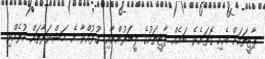
ޕާޓީތަކަށް އެކި ގޮތަށެވެ. ބައެއް ޕާޓީތަކުގެ ލީޑަރުންނާއި ގުޅުއްވާ އެ މަޝްވަރާތައް ކުރެއްވި